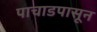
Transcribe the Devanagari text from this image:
पाचाडपासून